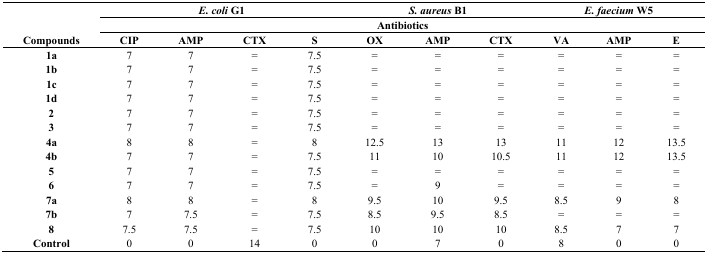
<table><thead><tr><td></td><td colspan="4"><b><i>E. coli</i> G1</b></td><td colspan="3"><b><i>S. aureus</i> B1</b></td><td colspan="3"><b><i>E. faecium</i> W5</b></td></tr><tr><td></td><td colspan="10"><b>Antibiotics</b></td></tr><tr><td><b>Compounds</b></td><td><b>CIP</b></td><td><b>AMP</b></td><td><b>CTX</b></td><td><b>S</b></td><td><b>OX</b></td><td><b>AMP</b></td><td><b>CTX</b></td><td><b>VA</b></td><td><b>AMP</b></td><td><b>E</b></td></tr></thead><tbody><tr><td><b>1a</b></td><td>7</td><td>7</td><td>=</td><td>7.5</td><td>=</td><td>=</td><td>=</td><td>=</td><td>=</td><td>=</td></tr><tr><td><b>1b</b></td><td>7</td><td>7</td><td>=</td><td>7.5</td><td>=</td><td>=</td><td>=</td><td>=</td><td>=</td><td>=</td></tr><tr><td><b>1c</b></td><td>7</td><td>7</td><td>=</td><td>7.5</td><td>=</td><td>=</td><td>=</td><td>=</td><td>=</td><td>=</td></tr><tr><td><b>1d</b></td><td>7</td><td>7</td><td>=</td><td>7.5</td><td>=</td><td>=</td><td>=</td><td>=</td><td>=</td><td>=</td></tr><tr><td><b>2</b></td><td>7</td><td>7</td><td>=</td><td>7.5</td><td>=</td><td>=</td><td>=</td><td>=</td><td>=</td><td>=</td></tr><tr><td><b>3</b></td><td>7</td><td>7</td><td>=</td><td>7.5</td><td>=</td><td>=</td><td>=</td><td>=</td><td>=</td><td>=</td></tr><tr><td><b>4a</b></td><td>8</td><td>8</td><td>=</td><td>8</td><td>12.5</td><td>13</td><td>13</td><td>11</td><td>12</td><td>13.5</td></tr><tr><td><b>4b</b></td><td>7</td><td>7</td><td>=</td><td>7.5</td><td>11</td><td>10</td><td>10.5</td><td>11</td><td>12</td><td>13.5</td></tr><tr><td><b>5</b></td><td>7</td><td>7</td><td>=</td><td>7.5</td><td>=</td><td>=</td><td>=</td><td>=</td><td>=</td><td>=</td></tr><tr><td><b>6</b></td><td>7</td><td>7</td><td>=</td><td>7.5</td><td>=</td><td>9</td><td>=</td><td>=</td><td>=</td><td>=</td></tr><tr><td><b>7a</b></td><td>8</td><td>8</td><td>=</td><td>8</td><td>9.5</td><td>10</td><td>9.5</td><td>8.5</td><td>9</td><td>8</td></tr><tr><td><b>7b</b></td><td>7</td><td>7.5</td><td>=</td><td>7.5</td><td>8.5</td><td>9.5</td><td>8.5</td><td>=</td><td>=</td><td>=</td></tr><tr><td><b>8</b></td><td>7.5</td><td>7.5</td><td>=</td><td>7.5</td><td>10</td><td>10</td><td>10</td><td>8.5</td><td>7</td><td>7</td></tr><tr><td><b>Control</b></td><td>0</td><td>0</td><td>14</td><td>0</td><td>0</td><td>7</td><td>0</td><td>8</td><td>0</td><td>0</td></tr></tbody></table>